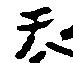
天